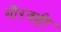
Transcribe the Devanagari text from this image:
गौरवही